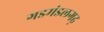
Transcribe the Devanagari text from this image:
गडमंडलगढ़